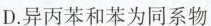
D.异丙苯和苯为同系物